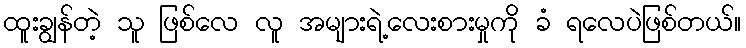
ထူးချွန်တဲ့ သူ ဖြစ်လေ လူ အများရဲ့လေးစားမှုကို ခံ ရလေပဲဖြစ်တယ်။